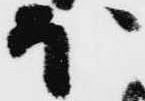
ほ